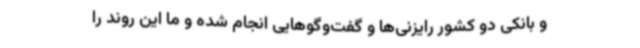
و بانکی دو کشور رایزنی‌ها و گفت‌وگوهایی انجام شده و ما این روند را